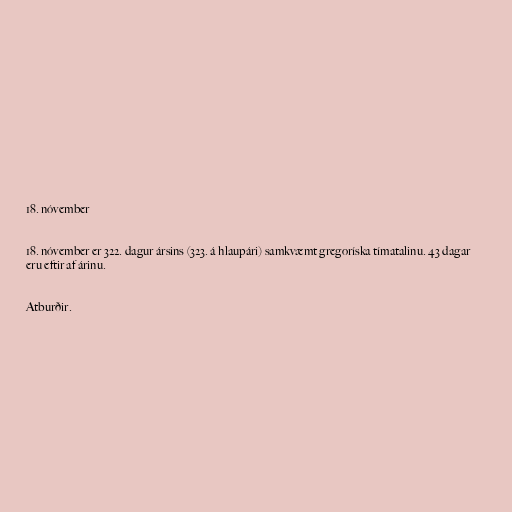
18. nóvember

18. nóvember er 322. dagur ársins (323. á hlaupári) samkvæmt gregoríska tímatalinu. 43 dagar
eru eftir af árinu.

Atburðir.